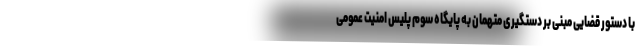
با دستور قضایی مبنی بر دستگیری متهمان به پایگاه سوم پلیس امنیت عمومی